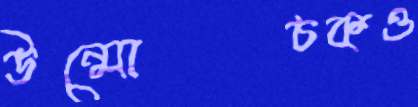
উন্মোচকও